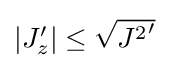
{\textstyle |J_{z}'|\leq {\sqrt {{J^{2}}'}}}